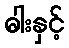
ဓါးနှင့်